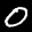
Label: 0